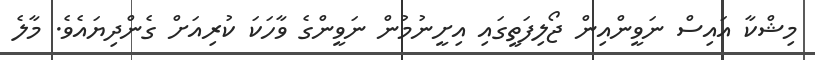
މިޝްކާ އައިސް ނަވީންއިން ޖޯލިފަތީގައި އިށީނުމުން ނަވީންގެ ވާހަކަ ކުރިއަށް ގެންދިޔައެވެ. މާލެ